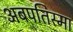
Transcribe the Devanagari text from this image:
अबपतिस्मा